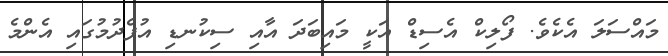
މައްސަލަ އެކެވެ. ފޯލިކް އެސިޑް އަކީ މައިބަދަ އާއި ސިކުނޑި އުފެދުމުގައި އެންމެ